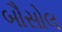
બૌસોલ